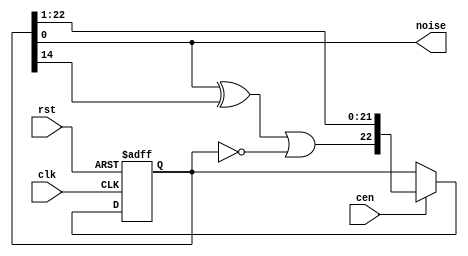
/*  This file is part of JTOPL.

    JTOPL is free software: you can redistribute it and/or modify
    it under the terms of the GNU General Public License as published by
    the Free Software Foundation, either version 3 of the License, or
    (at your option) any later version.

    JTOPL is distributed in the hope that it will be useful,
    but WITHOUT ANY WARRANTY; without even the implied warranty of
    MERCHANTABILITY or FITNESS FOR A PARTICULAR PURPOSE.  See the
    GNU General Public License for more details.

    You should have received a copy of the GNU General Public License
    along with JTOPL.  If not, see <http://www.gnu.org/licenses/>.

    Author: Jose Tejada Gomez. Twitter: @topapate
    Version: 1.0
    Date: 24-6-2020

    */

module jtopl_noise(
    input  rst,        // rst should be at least 6 clk&cen cycles long
    input  clk,        // CPU clock
    input  cen,        // optional clock enable, it not needed leave as 1'b1
    output noise
);

reg [22:0] no;
reg        nbit;

assign     noise = no[0];

always @(*) begin
    nbit = no[0] ^ no[14];
    nbit = nbit | (no==23'd0);
end

always @(posedge clk, posedge rst) begin
    if( rst )
        no <= 23'd1<<22;
    else if(cen) begin
        no <= { nbit, no[22:1] };
    end
end

endmodule